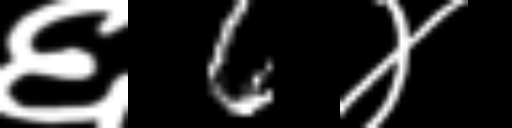
Text: ६6४